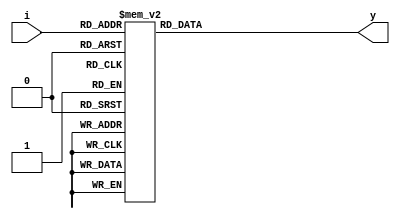
`timescale 1ns / 1ps
//////////////////////////////////////////////////////////////////////////////////
// Company: 
// Engineer: 
// 
// Design Name: 
// Module Name:    decoder3to8B 
// Project Name: 
// Target Devices: 
// Tool versions: 
// Description: 
//
// Dependencies: 
//
// Revision: 
// Revision 0.01 - File Created
// Additional Comments: 
//
//////////////////////////////////////////////////////////////////////////////////
module decoder3to8B(y,i
    );
input [2:0] i;
output reg [7:0] y;
always@(i)
begin
case(i)
3'b000:y=8'b00000001;
3'b001:y=8'b00000010;
3'b010:y=8'b00000100;
3'b011:y=8'b00001000;
3'b100:y=8'b00010000;
3'b101:y=8'b00100000;
3'b110:y=8'b01000000;
3'b111:y=8'b10000000;
default:y=8'b00000000;
endcase
end
endmodule